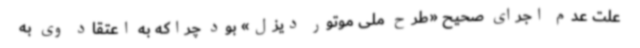
علت عدم اجرای صحیح «طرح ملی موتور دیزل» بود چراکه به اعتقاد وی به